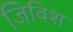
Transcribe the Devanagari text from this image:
जिविश